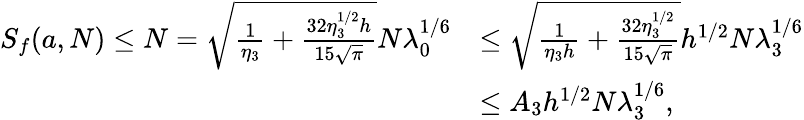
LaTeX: \begin{array}{rl}{S_{f}(a,N)\le N=\sqrt{\frac{1}{\eta_{3}}+\frac{32\eta_{3}^{1/2}h}{15\sqrt{\pi}}}N\lambda_{0}^{1/6}}&{\le\sqrt{\frac{1}{\eta_{3}h}+\frac{32\eta_{3}^{1/2}}{15\sqrt{\pi}}}h^{1/2}N\lambda_{3}^{1/6}}\\ &{\le A_{3}h^{1/2}N\lambda_{3}^{1/6},}\end{array}